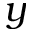
y